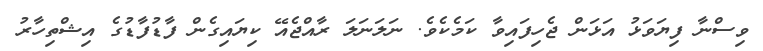
ވިސްނާ ފިޔަވަޅު އަޅަން ޖެހިފައިވާ ކަމެކެވެ. ނަލަނަލަ ރާއްޖެއޭ ކިޔައިގެން ފާޑުފާޑުގެ އިޝްތިހާރު